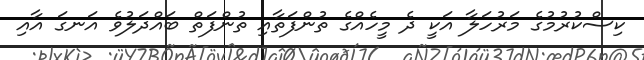
ކިސްކުރުމުގެ މަރުހަލާ އަކީ ދެ މީހެއްގެ ތުންފަތާއި ތުންފަތް ބައްދަލުވެ އަނގަ އާއި